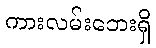
ကားလမ်းဘေးရှိ